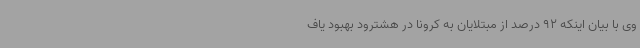
وی با بیان اینکه 92 درصد از مبتلایان به کرونا در هشترود بهبود یاف